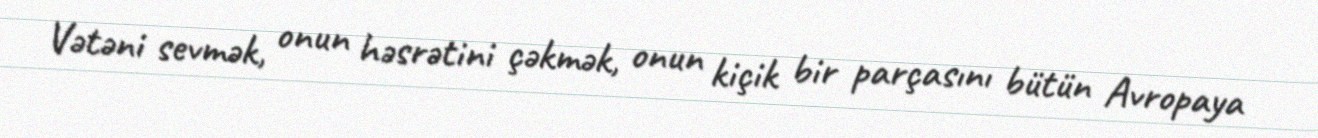
Vətəni sevmək, onun həsrətini çəkmək, onun kiçik bir parçasını bütün Avropaya